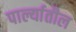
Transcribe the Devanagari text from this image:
पार्ल्यातील